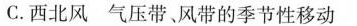
C.西北风 气压带、风带的季节性移动